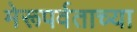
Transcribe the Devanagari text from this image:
मेरूपर्वताच्या